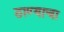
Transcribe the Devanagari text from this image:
ठाण्याचा